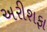
અરીશફા